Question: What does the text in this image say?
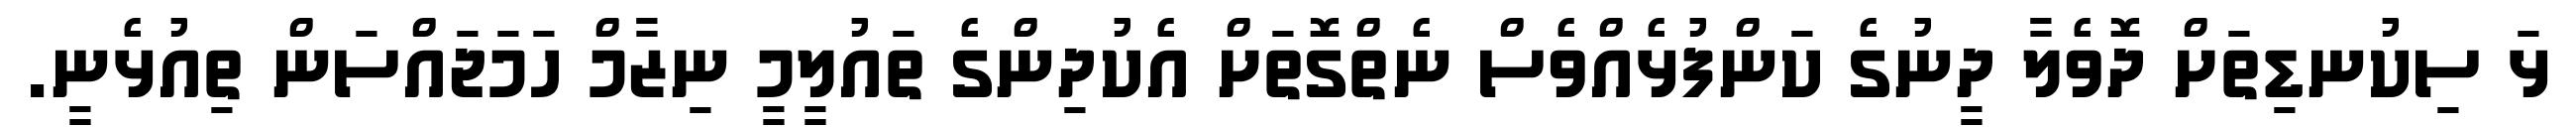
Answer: ޅަ ސިކުނޑިތަށް ދޮވެލާ ދީނުގެ ކަންފުޅެއްވެސް ނެތްގޮތަށް އެކުދިންގެ ތައުލީމީ ނިޒާމް ހަމަޖައްސަން ތިއުޅެނީ.